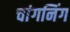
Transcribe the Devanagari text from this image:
चांगनिंग